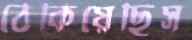
ঠেকিয়েছিস